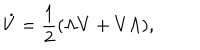
\dot { V } = \frac { 1 } { 2 } ( \Lambda V + V \Lambda ) ,